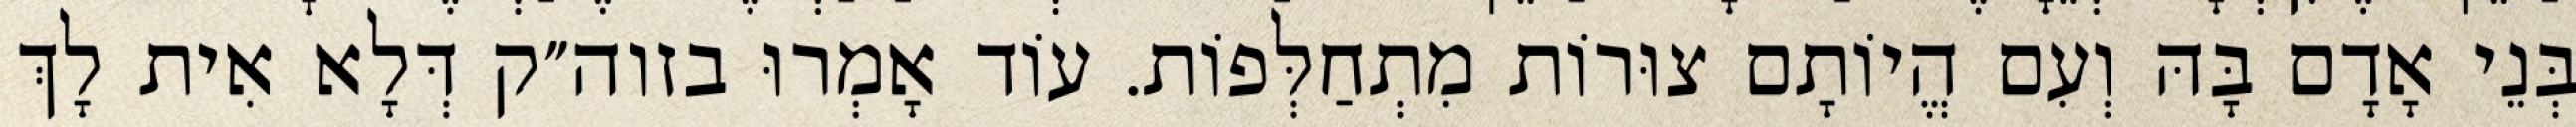
בְּנֵי אָדָם בָּהּ וְעִם הֱיוֹתָם צוּרוֹת מִתְחַלְּפוֹת. עוֹד אָמְרוּ בזוה״ק דְּלָא אִית לָךְ